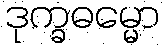
ဒုက္ခဓမ္မော